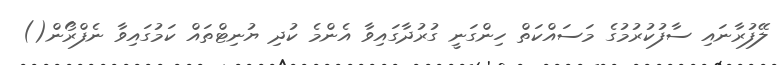
ލޭފުރާނައި ސާފުކުރުމުގެ މަސައްކަތް ހިންގަނީ ގުރުދާގައިވާ އެންމެ ކުދި ޔުނިޓްތައް ކަމުގައިވާ ނެފްރޯން()